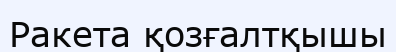
Ракета қозғалтқышы